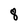
Character: 8